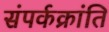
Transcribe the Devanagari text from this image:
संपर्कक्रांति